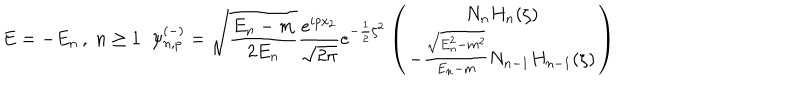
E = - E _ { n } \, , \; n \geq 1 \; \; \psi _ { n , p } ^ { ( - ) } = \sqrt { \frac { E _ { n } - m } { 2 E _ { n } } } \frac { e ^ { i p x _ { 2 } } } { \sqrt { 2 \pi } } e ^ { - \frac { 1 } { 2 } { \zeta } ^ { 2 } } \left( \begin{array} { c } { { N _ { n } H _ { n } ( \zeta ) } } \\ { { - \frac { \sqrt { E _ { n } ^ { 2 } - m ^ { 2 } } } { E _ { n } - m } N _ { n - 1 } H _ { n - 1 } ( \zeta ) } } \\ \end{array} \right)